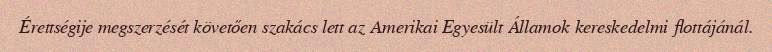
Érettségije megszerzését követően szakács lett az Amerikai Egyesült Államok kereskedelmi flottájánál.